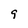
Character: 9